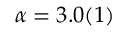
\alpha = 3 . 0 ( 1 )